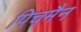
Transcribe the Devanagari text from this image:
पिचमैन